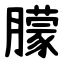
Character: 䑃